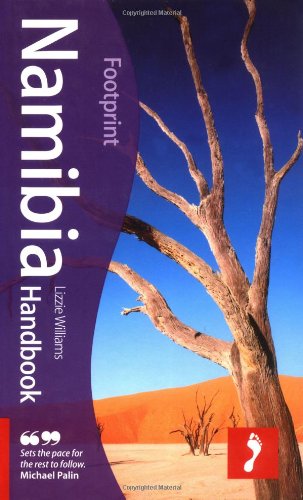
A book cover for Namibia Handbook, 5th: Tread Your Own Path (Footprint Namibia Handbook); Lizzie Williams; Travel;